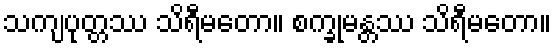
သကျပုတ္တဿ သိရီမတော။ စက္ခုမန္တဿ သိရီမတော။